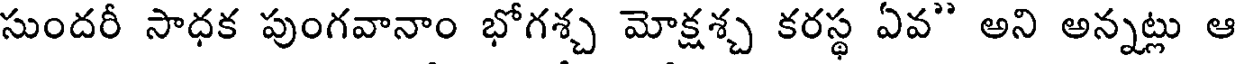
సుందరీ సాధక పుంగవానాం భోగశ్చ మోక్షశ్చ కరస్థ ఏవ" అని అన్నట్లు ఆ